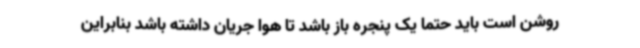
روشن است باید حتماً یک پنجره باز باشد تا هوا جریان داشته باشد بنابراین